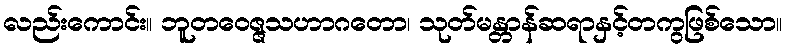
လည်းကောင်း။ ဘူတဝေဇ္ဇသဟာဂတော၊ သုတ်မန္တာန်ဆရာနှင့်တကွဖြစ်သော။